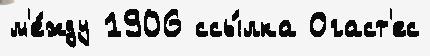
м'е́жду 1906 ссы́лка Огаст'ес